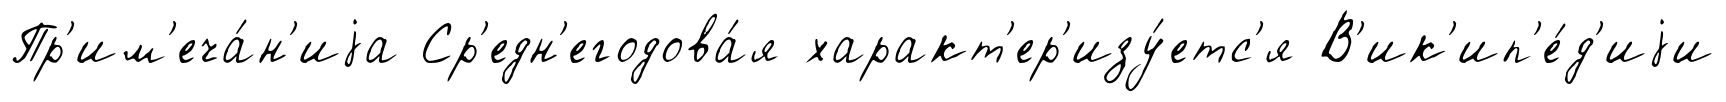
Пр'им'еча́н'иjа Ср'едн'егодова́я характ'ер'изу́етс'я В'ик'ип'е́д'иjи